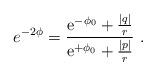
LaTeX: \begin{align*}e^{-2\phi} ={ {\mbox{e}}^{-\phi_0} + \frac{|q|}{r} \over {\mbox{e}}^{+\phi_0}+\frac{|p|}{r}} \ .\end{align*}